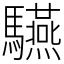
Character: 驠